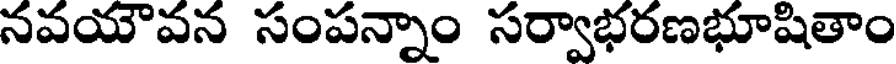
నవయౌవన సంపన్నాం సర్వాభరణభూషితాం